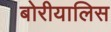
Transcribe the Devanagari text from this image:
बोरीयालिस